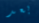
بعد